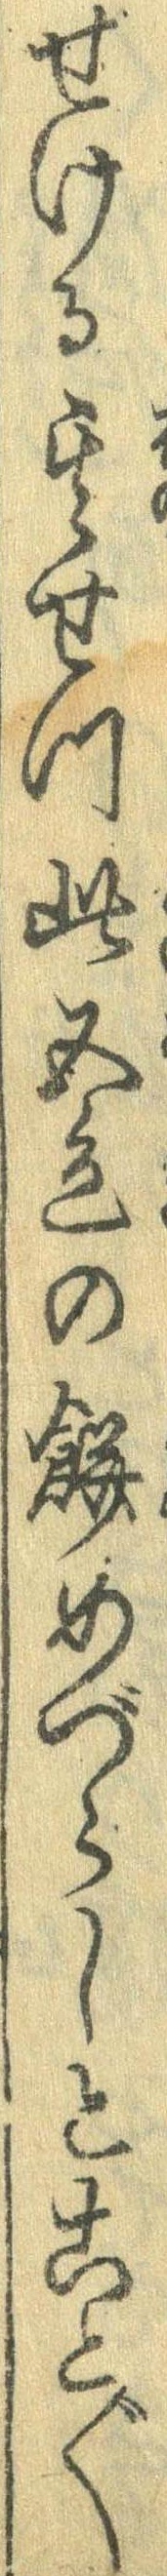
せける其せつ此五色の餅めづらしとこと〲